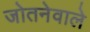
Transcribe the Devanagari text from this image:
जोतनेवाले